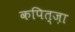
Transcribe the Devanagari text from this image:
कपित्ज़ा